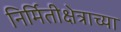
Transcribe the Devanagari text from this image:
निर्मितीक्षेत्राच्या